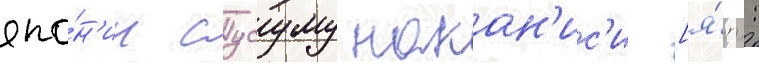
япо́н'ии сусуму накан'ис'и [я́п.: